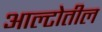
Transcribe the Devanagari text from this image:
आल्टोतील